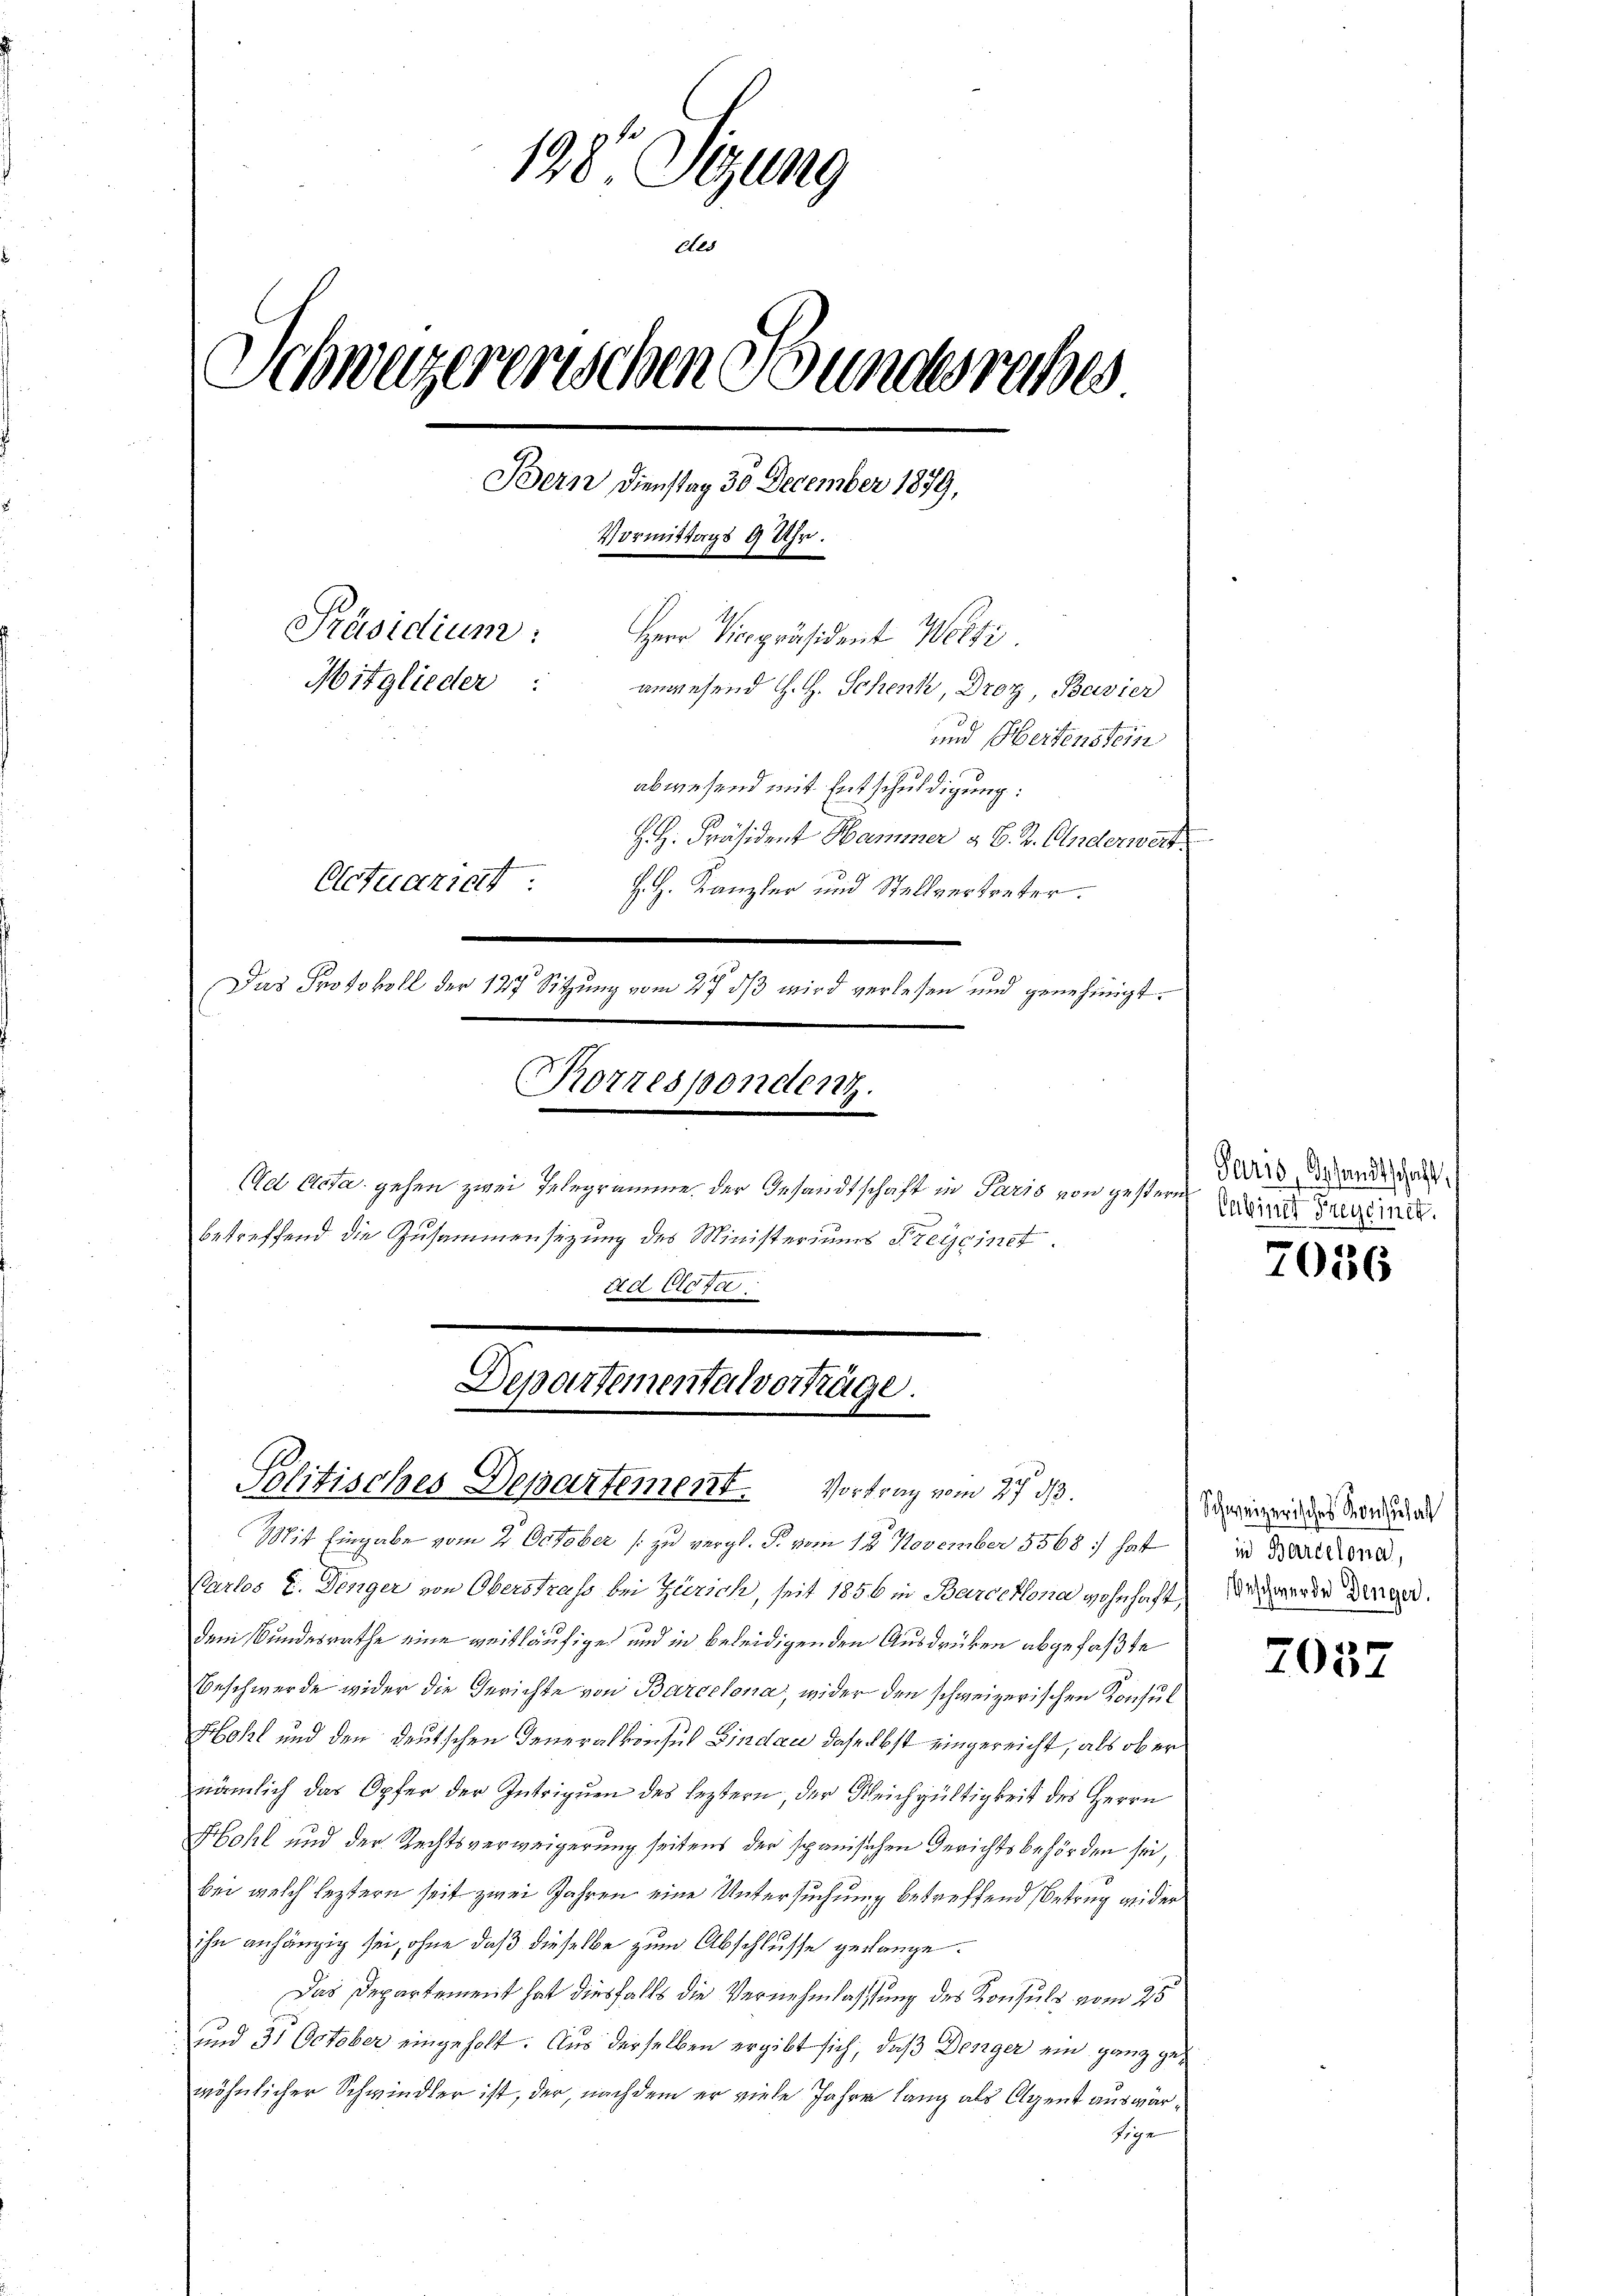
198. Sitzung
des
Schweizererischen Bundesreches
Bern Dienstag 30 December 1879,
Vormittags 9 Uhr.
Präsidium:
Herr Vicepräsident Welti.
Mitglieder:
anwesend H. H. Schenk, Droz, Bavier
und Seitenstein
abwesend mit Entschuldigung:
H. H. Präsident Hammer & B. 2. Anderwert
Actuariat
H. H. Kanzler und Stellvertreter.
Das Protokoll der 127 Sitzung vom 27. ds wird verlesen und genehmigt.
Korrespondert.
Ad Acta gehen zwei Telegramme der Gesandtschaft in Paris von gestern
betreffend die Zusammensezung des Ministeriums Preiseinet.

Mit Eingabe vom 2. October /: zu vergl. P. vom 18 November 5568: hat
Kartes E. Dinger von Oberstrass bei Zürich, seit 1856 in Barcelona wohnhaft Wachwerde Dinger.
dem Bundesrathe eine weitläufiger und in beleidigenden Ausdrücken abgefaßte
Beschwerde wider die Gerichte von Barcelona, wider den schweizerischen Konsul
Hohl und den deutschen Generalkonsul Bindau daselbst eingereicht, als ob er
nämlich das Opfer der Intriguen des leztern, der Gleichgültigkeit des Herrn
Hohl und der Rechtsverweigerung seitens der spanischen Gerichtsbehörden sei,
bei welch leztern seit zwei Jahren eine Untersuchung betreffend Betrug wider
ihn anhängig sei, ohne daß dieselbe zum Abschlusse gelange.
Das Departement hat diesfalls die Vernehmlassung des Konsuls vom 25
und 31 October eingeholt. Aus derselben ergibt sich, daß Denger ein ganz gewöhnlicher Schwindler ist, der, nachdem er viele Jahre lang als Agent auswärsige

Departemental vorträge.
Politisches Departement. Vortrag vom 27. d.

dd Acta

Paris, Gesandtschaft,
Cabinet Freysinet.

7036

Schweizerisches Konzuhal
in Barcelona,

7037